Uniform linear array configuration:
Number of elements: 8
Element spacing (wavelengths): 1
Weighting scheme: blackman
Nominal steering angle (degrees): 30
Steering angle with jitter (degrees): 28.876
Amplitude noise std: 0.05
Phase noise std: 0.05

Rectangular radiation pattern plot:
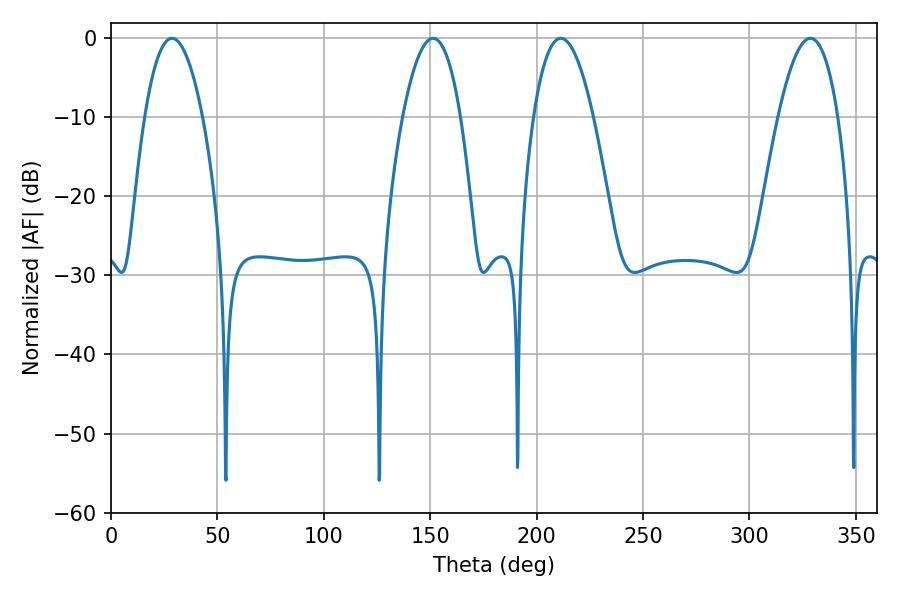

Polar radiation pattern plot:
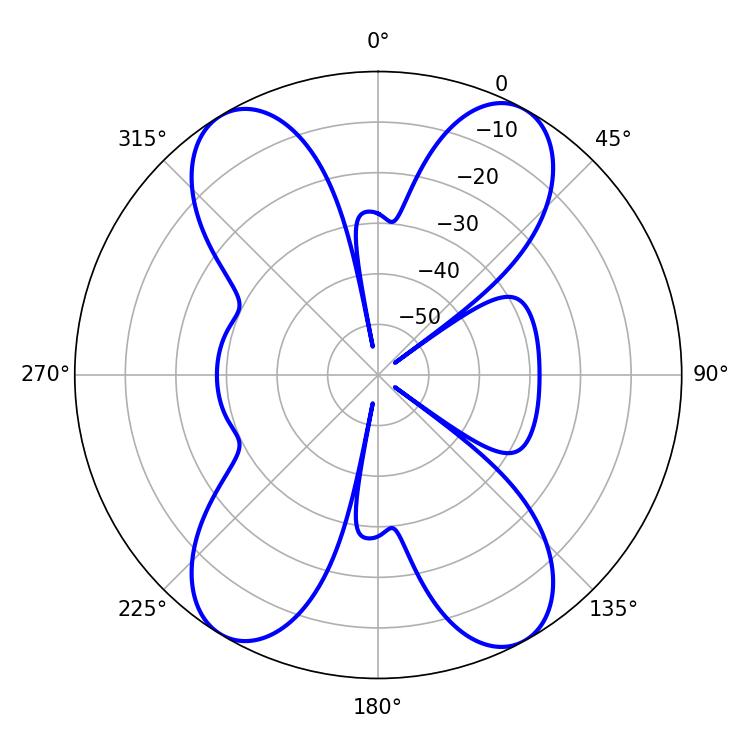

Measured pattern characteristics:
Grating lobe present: TRUE
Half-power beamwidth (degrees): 15.48
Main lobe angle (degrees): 211.32